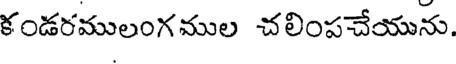
కండరములంగముల చలింపచేయును.